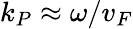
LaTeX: k_{P}\approx\omega/v_{F}